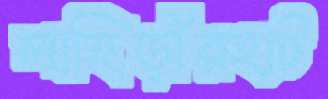
লাহিড়ীরহাট